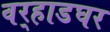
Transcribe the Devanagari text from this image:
वर्‍हाडघर